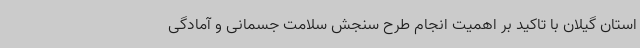
استان گیلان با تاکید بر اهمیت انجام طرح سنجش سلامت جسمانی و آمادگی